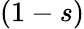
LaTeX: (1-s)